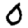
Digit: 0